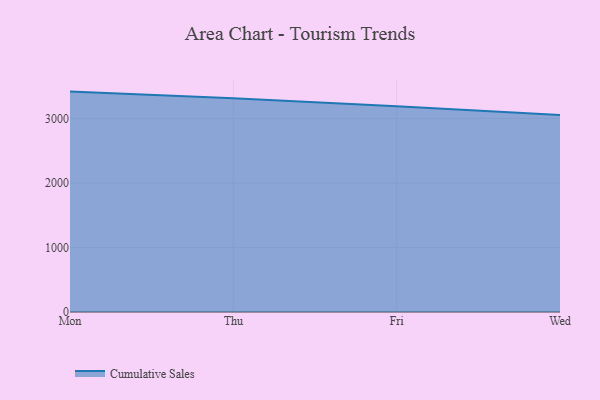
{"axis": {"x": "Day", "y": "Page Views"}, "legend": ["Cumulative Sales"], "data": [{"x": "Mon", "y": 3418.8, "type": "Cumulative Sales"}, {"x": "Thu", "y": 3314.5, "type": "Cumulative Sales"}, {"x": "Fri", "y": 3190.2, "type": "Cumulative Sales"}, {"x": "Wed", "y": 3057.5, "type": "Cumulative Sales"}]}